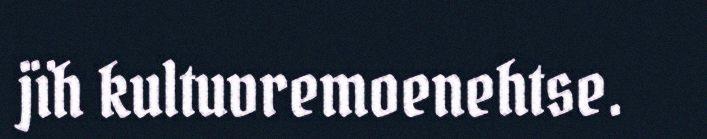
jïh kultuvremoenehtse.